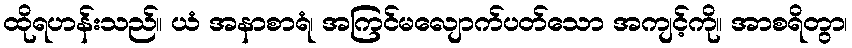
ထိုရဟန်းသည်။ ယံ အနာစာရံ၊ အကြင်မလျောက်ပတ်သော အကျင့်ကို။ အာစရိတွာ၊